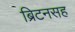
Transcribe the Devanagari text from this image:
ब्रिटनसह